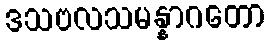
ဒသဗလသမန္နာဂတော